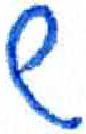
אות: ש